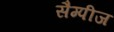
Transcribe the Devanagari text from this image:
सैम्पीज